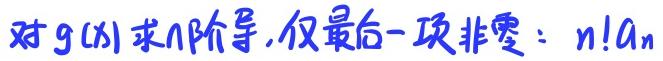
对 $g(x)$ 求 $n$ 阶导, 仅最后一项非零: $n!A_n$